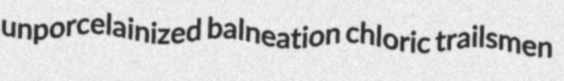
unporcelainized balneation chloric trailsmen